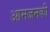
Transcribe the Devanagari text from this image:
आमजनकी